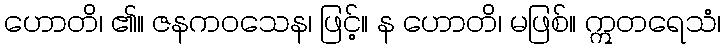
ဟောတိ၊ ၏။ ဇနကဝသေန၊ ဖြင့်။ န ဟောတိ၊ မဖြစ်။ ဣတရေသံ၊